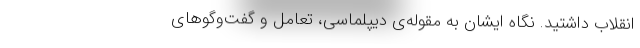
انقلاب داشتید. نگاه ایشان به مقوله‌ی دیپلماسی، تعامل و گفت‌وگوهای